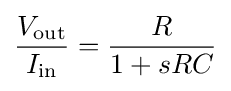
{\frac {V_{\mathrm {out} }}{I_{\mathrm {in} }}}={\frac {R}{1+sRC}}